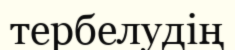
тербелудің